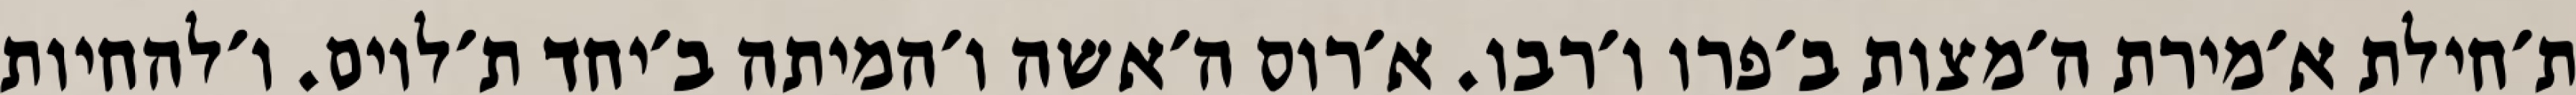
ת׳חילת א׳מירת ה׳מצות ב׳פרו ו׳רבו. א׳רוס ה׳אשה ו׳המיתה ב׳יחד ת׳לוים. ו׳להחיות